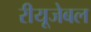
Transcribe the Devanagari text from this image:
रीयूजेबल